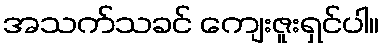
အသက်သခင် ကျေးဇူးရှင်ပါ။